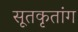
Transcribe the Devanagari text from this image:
सूतकृतांग